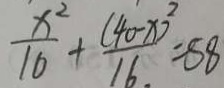
\frac { x ^ { 2 } } { 1 0 } + \frac { ( 4 0 - x ) ^ { 2 } } { 1 6 } = 5 8